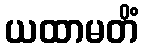
ယထာမတိံ